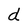
Character: d